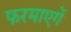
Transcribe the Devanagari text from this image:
फरमाएगें